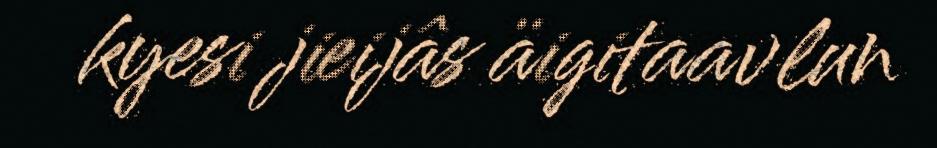
kyesi jieijâs äigitaavlun